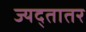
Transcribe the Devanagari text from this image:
ज्यद्तातर